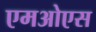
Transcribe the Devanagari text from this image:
एमओएस